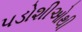
પડોશીઓથી